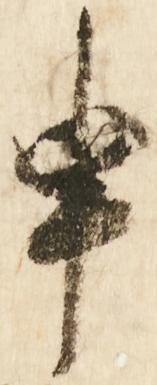
申